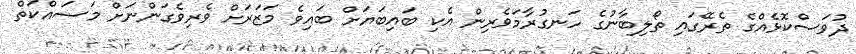
ދުވަސްކޮޅެއްގެ ތެރޭގައި ތޯލިބާނުގެ ހަނގުރާމަވެރިން އެކި ބައިބަޔަށް ބައިވެ މަޒަރަށް ވެރިވެގަންނަށް މަސައްކަތް